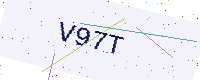
Text: V97T